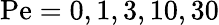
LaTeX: \mathrm{Pe}=0,1,3,10,30